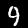
Digit: 9